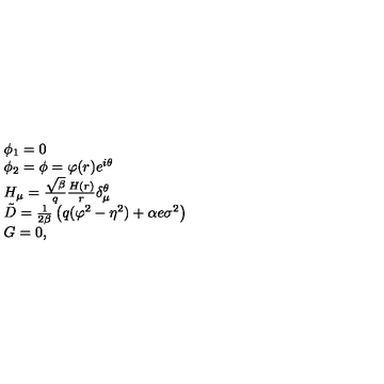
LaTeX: \begin{array} { l l } { \phi _ { 1 } = 0 } \\ { \phi _ { 2 } = \phi = \varphi ( r ) e ^ { i \theta } } \\ { H _ { \mu } = \frac { \sqrt { \beta } } { q } \frac { H ( r ) } { r } \delta _ { \mu } ^ { \theta } } \\ { \tilde { D } = \frac { 1 } { 2 \beta } \left( q ( \varphi ^ { 2 } - \eta ^ { 2 } ) + \alpha e \sigma ^ { 2 } \right) } \\ { G = 0 , } \\ \end{array}